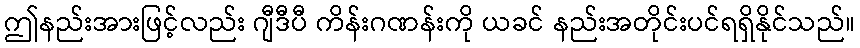
ဤနည်းအားဖြင့်လည်း ဂျီဒီပီ ကိန်းဂဏန်းကို ယခင် နည်းအတိုင်းပင်ရရှိနိုင်သည်။